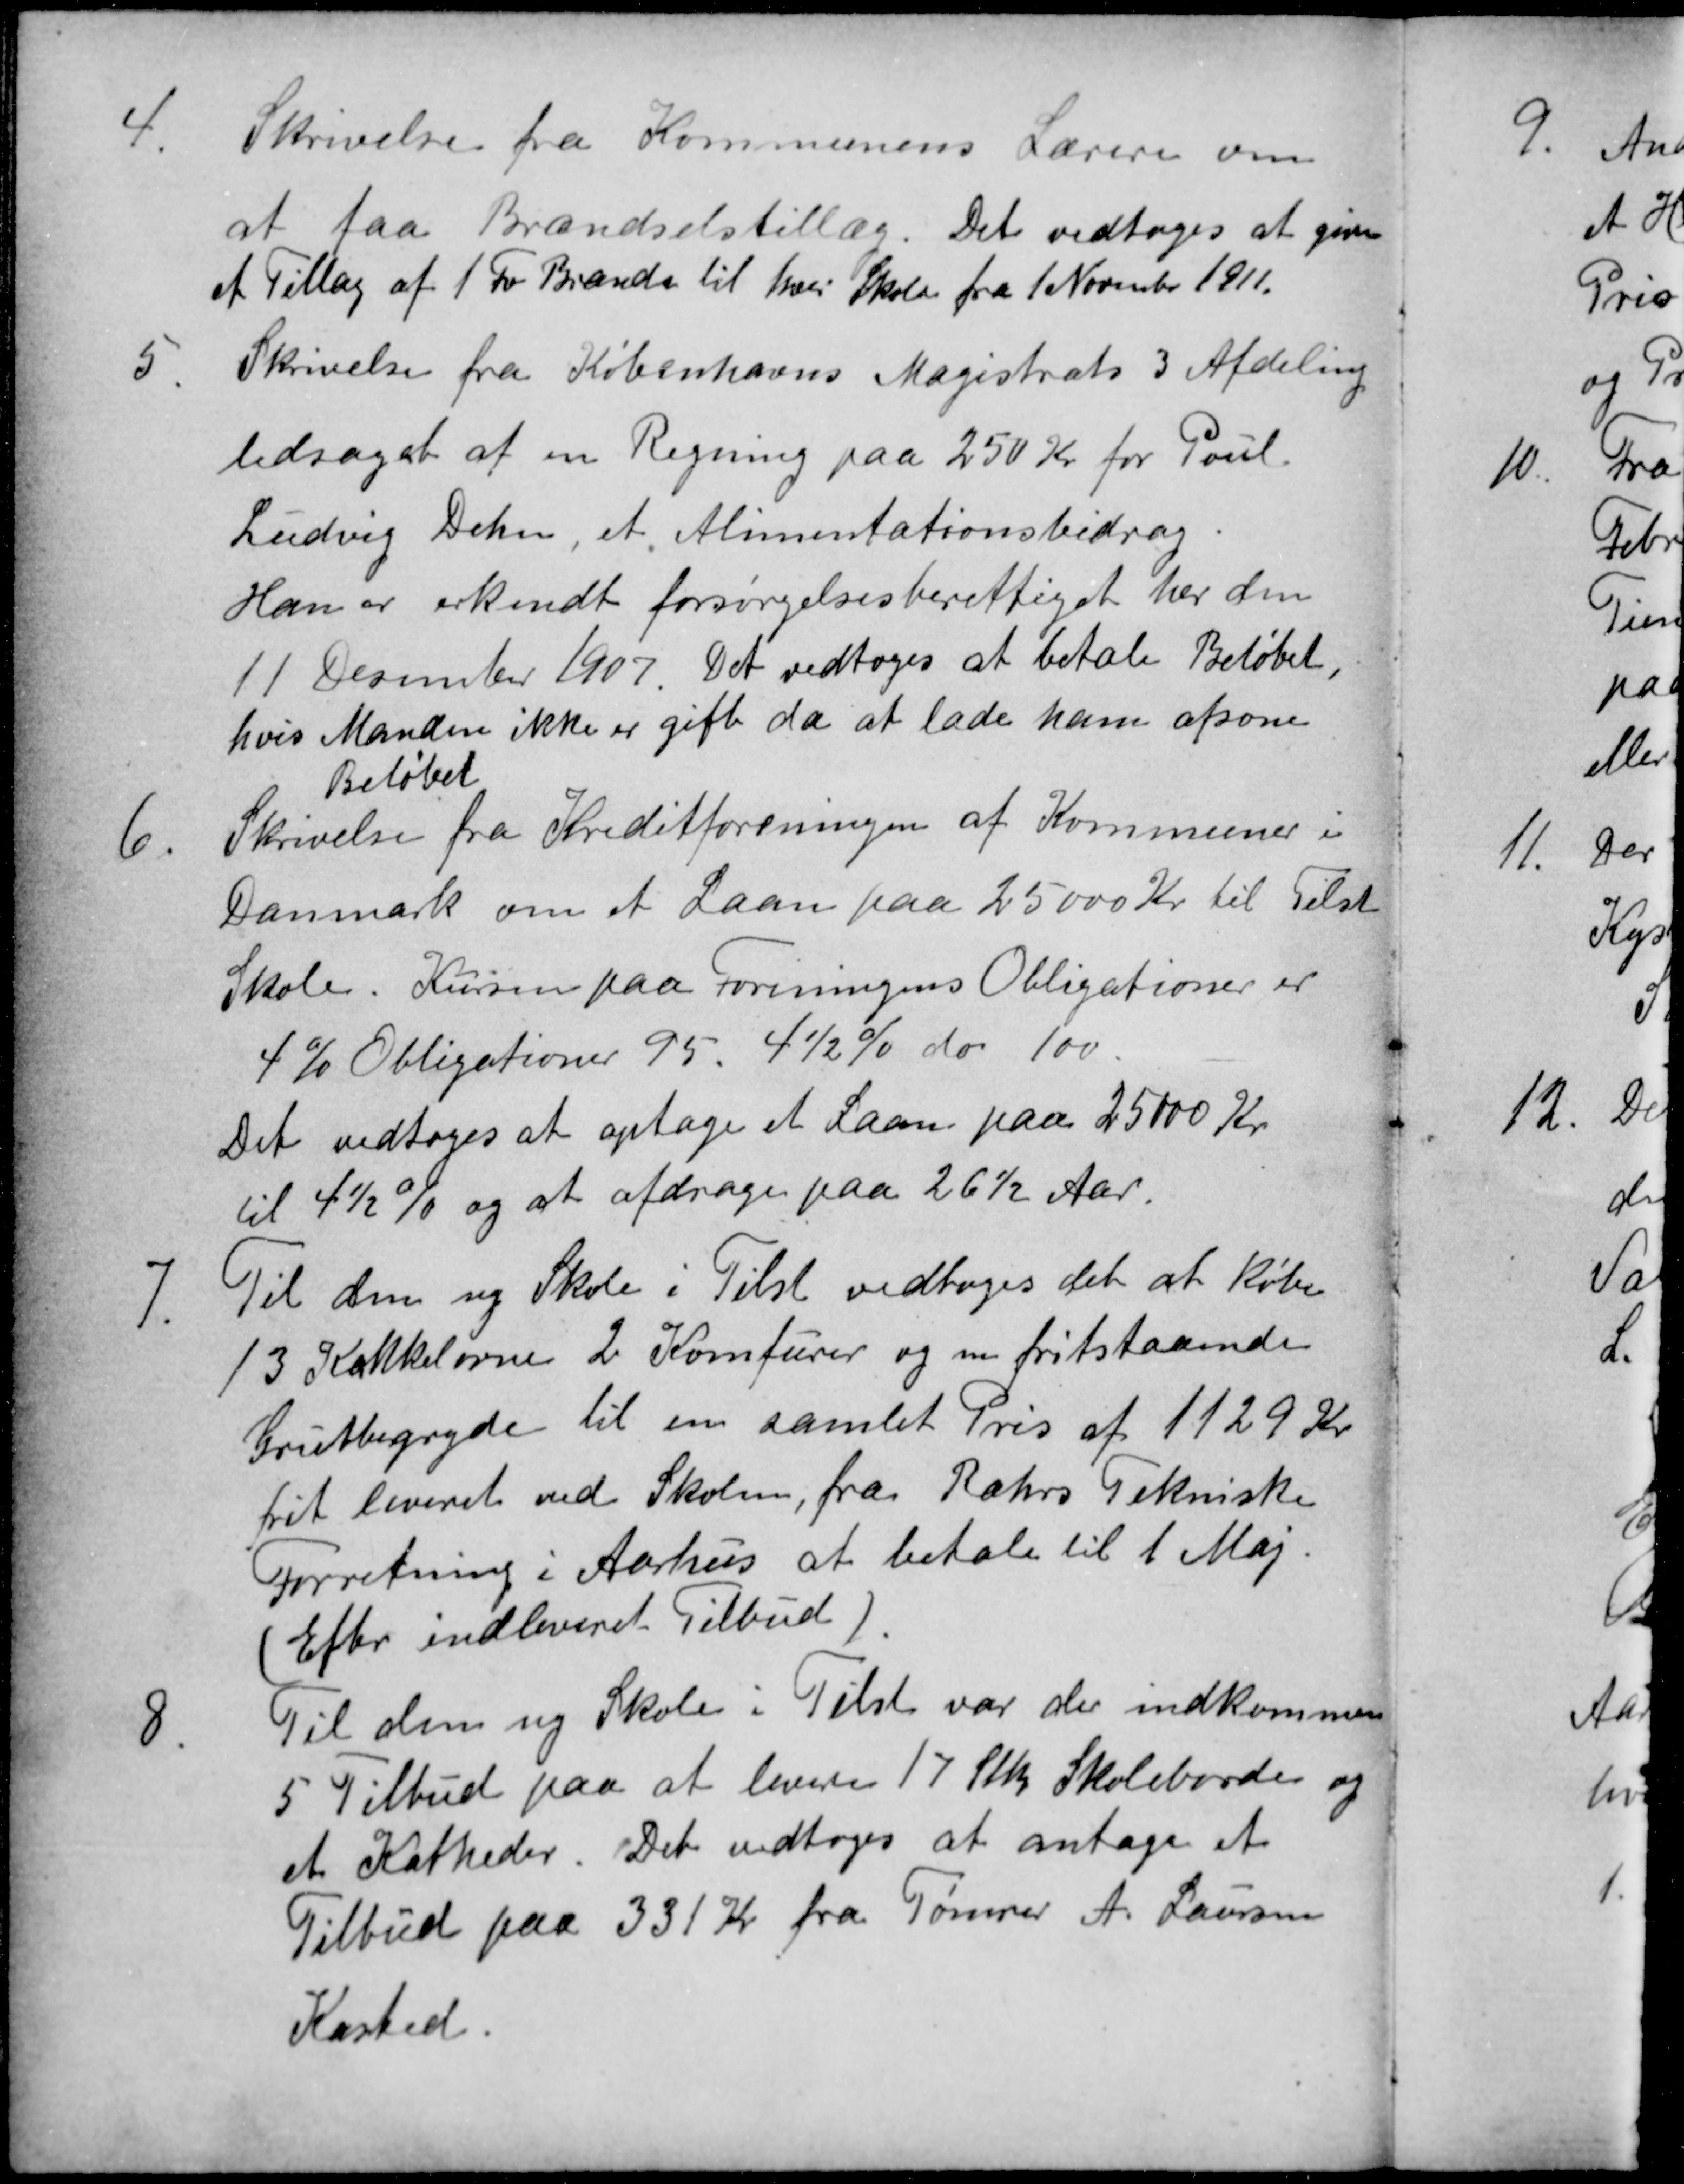
Transskription:
4.
Skrivelse fra Kommunens Lærere om
at faa Brændselstillæg. Det vedtoges at give
et Tillæg af 1 Fv Brænde til hver Skole fra 1 November 1911.
5.
Skrivelse fra Københavns Magistrats 3 Afdeling
ledsaget af en Regning paa 250 Kr for Poul
Ludvig Dehn ,et Alimentationsbidrag
Han er erkendt forsørgelsesberettiget her den
11 Desember 1907. Det vedtoges at betale Beløbet,
hvis Manden ikke er gift da at lade ham afsone
Beløbet
6.
Skrivelse fra Kreditforeningen af Kommuner i
Danmark om et Laan paa 25000 Kr til Tilst
Skole. Kursen paa Foreningens Obligationer er
4 % Obligationer 95. 4½ % do 100.
Det vedtoges at optage et Laan paa 25000 Kr.
til 4½ % og at afdrage paa 26½ Aar.
7.
Til den ny Skole i Tilst vedtoges det at købe
13 Kakkelovne 2 Komfurer og en fritstaaende
Grutbegryde til en samlet Pris af 1129 Kr.
frit leveret ved Skolen, fra Rahrs Tekniske
Forretning i Aarhus at betale til 1 Maj.
(Efter indleveret Tilbud)
8.
Til den ny Skole i Tilst var der indkommen
5 Tilbud paa at levere 17 Stk Skoleborde og
et Katheder. Det vedtoges at antage et
Tilbud paa 331 Kr fra Tømrer A. Laursen
Kasted.